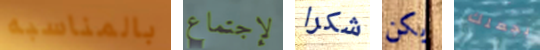
بالمناسبه لإجتماع شكرا يكن بجعلك